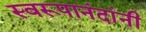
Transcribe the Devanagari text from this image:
स्वरूपानंदांनी